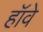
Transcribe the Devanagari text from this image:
हॉवे